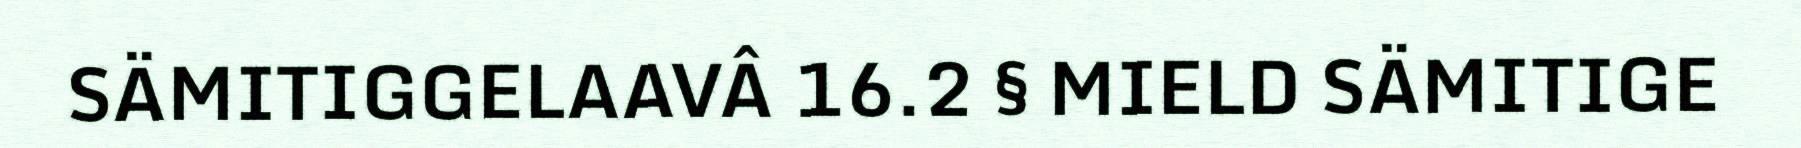
SÄMITIGGELAAVÂ 16.2 § MIELD SÄMITIGE